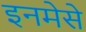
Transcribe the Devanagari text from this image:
इनमेसे